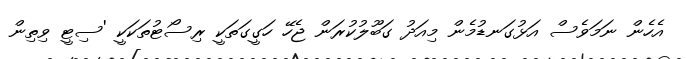
އެހެން ނަމަވެސް އަޅުގަނޑުމެން މިއަދު ގަބޫލުކުރަން ޖެހޭ ހަގީގަތަކީ ރިސޯޓުތަކަކީ 'ސިޓީ ވިތިން